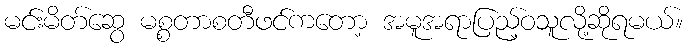
မင်းမိတ်ဆွေ မစ္စတာစတီဖင်ကတော့ အမူအရာပြည့်ဝသူလို့ဆိုရမယ်။